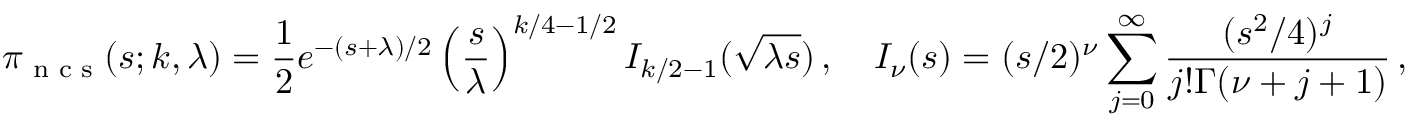
\pi _ { \textrm { n c s } } ( s ; k , \lambda ) = { \frac { 1 } { 2 } } e ^ { - ( s + \lambda ) / 2 } \left( { \frac { s } { \lambda } } \right) ^ { k / 4 - 1 / 2 } I _ { k / 2 - 1 } ( { \sqrt { \lambda s } } ) \, , \quad I _ { \nu } ( s ) = ( s / 2 ) ^ { \nu } \sum _ { j = 0 } ^ { \infty } { \frac { ( s ^ { 2 } / 4 ) ^ { j } } { j ! \Gamma ( \nu + j + 1 ) } } \, ,